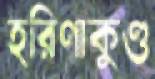
হরিণাকুণ্ড